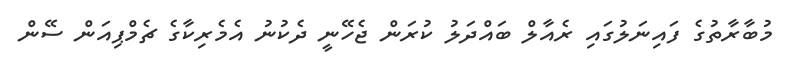
މުބާރާތުގެ ފައިނަލުގައި ރެއާލް ބައްދަލު ކުރަން ޖެހޭނީ ދެކުނު އެމެރިކާގެ ޗެމްޕިއަން ސޭން